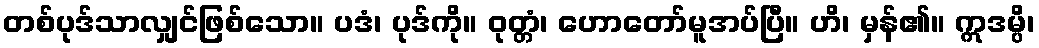
တစ်ပုဒ်သာလျှင်ဖြစ်သော။ ပဒံ၊ ပုဒ်ကို။ ဝုတ္တံ၊ ဟောတော်မူအပ်ပြီ။ ဟိ၊ မှန်၏။ ဣဒမ္ပိ၊